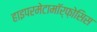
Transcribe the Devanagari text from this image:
हाइपरमेटामॉर्फ़ोसिस